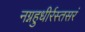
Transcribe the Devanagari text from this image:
नग्नहुधीर्रस्तसरं